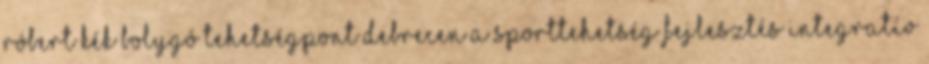
Róbert Kék Bolygó Tehetségpont Debrecen A sporttehetség fejlesztés integratív